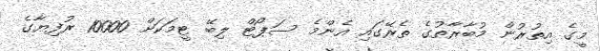
މީގެ އިތުރުން މުބާރާތުގެ ތެރޭގައި އެންމެ ސަޕޯޓް ލިބޭ ޓީމަކަށް 10000 ރުފިޔާގެ